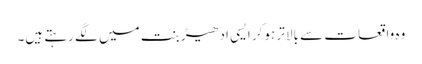
وہ واقعات سے بالا تر ہوکر ایسی ادھیڑ بنت میں لگے رہتے ہیں۔